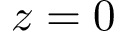
z = 0